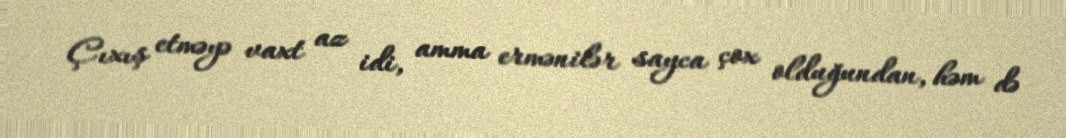
Çıxış etməyə vaxt az idi, amma ermənilər sayca çox olduğundan, həm də